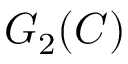
G _ { 2 } ( C )